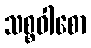
သစ္စဝါစော